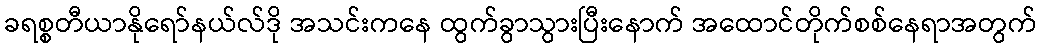
ခရစ္စတီယာနိုရော်နယ်လ်ဒို အသင်းကနေ ထွက်ခွာသွားပြီးနောက် အထောင်တိုက်စစ်နေရာအတွက်